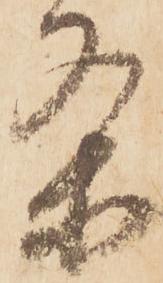
条